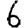
Digit: 6